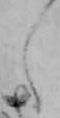
え